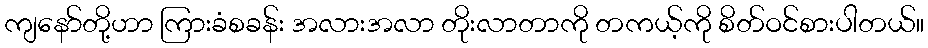
ကျနော်တို့ဟာ ကြားခံစခန်း အလားအလာ တိုးလာတာကို တကယ့်ကို စိတ်ဝင်စားပါတယ်။